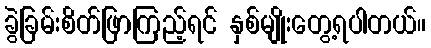
ခွဲခြမ်းစိတ်ဖြာကြည့်ရင် နှစ်မျိုးတွေ့ရပါတယ်။